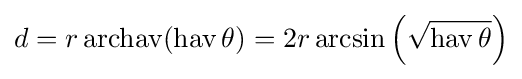
d=r\operatorname {archav} (\operatorname {hav} \theta )=2r\arcsin \left({\sqrt {\operatorname {hav} \theta }}\right)